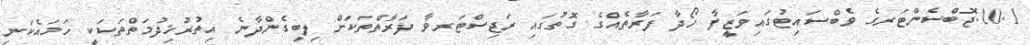
10.1.ޖޮބްސެންޓަރގެ ވެބްސައިޓުގައިވަޒީފާ ހޯދާ ފަރާތެއްގެ ގޮތުގައި ރަޖިސްޓަރވާ ފަރާތްތަކަށް ލިބިގެންދާނެ އިތުރުޚިދުމަތްތަކަކީ ހަމައެކަނި